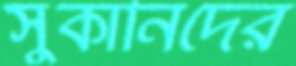
সুকানিদের